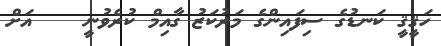
ހަޤީޤީ ކަނޑުގެ ސިފައިންގެ މަރުކަޒު ގާއިމް ކުރެވުނީ    އަށް